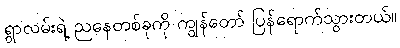
ရွာလမ်းရဲ့ ညနေတစ်ခုကို ကျွန်တော် ပြန်ရောက်သွားတယ်။